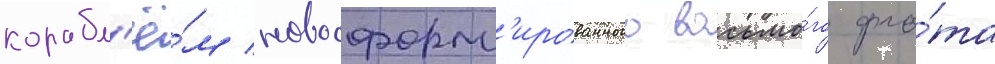
корабл'ё́м новосформ'ированного восьмо́го фло́та